Civil Veterinary Department. United Provinces 1932-42 - 1932-1942
Year: 1932
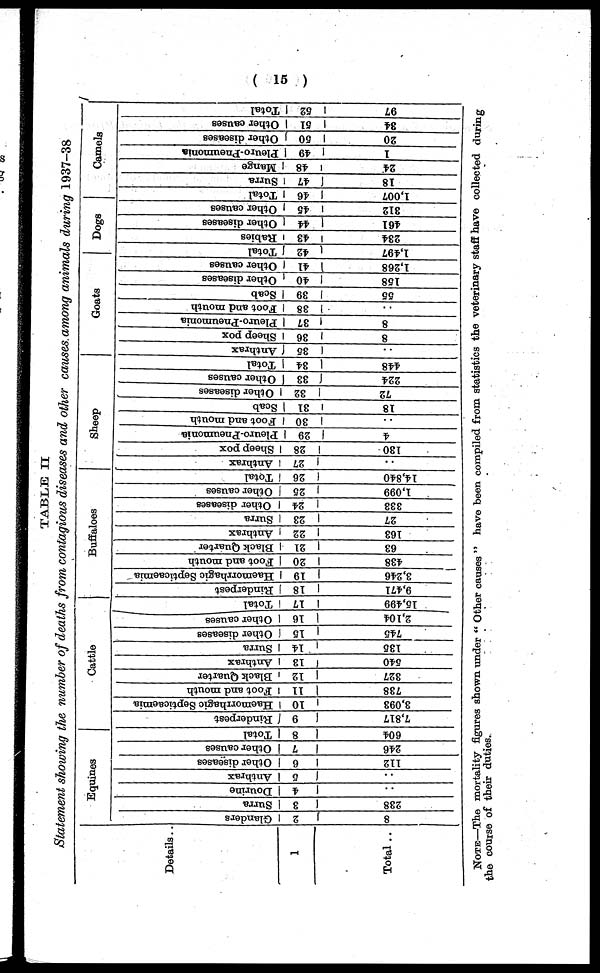
(15)
TABLE II
Statement showing the number of deaths from contagious diseases and other causes among animals during 1937-38
Details.
1
Total ..
Equines
Glanders
2
8
Surra
3 1
238
Dourine
4
...
Anthrax
6
..
Other diseases
6
112
Other causes
7
246
Total
8
604
Cattle
Rinderpest
9
7,817
Haemorrhagic Septicaemia
10
3,093
Foot and mouth
11
738
1
Black Quarter
12
327
Anthrax
13
540
Surra
14
135
Other diseases
15
745
Other causes
16
2,104
Total
17
15,499
Buffaloes
Rinderpest
18
9,471
Haemorrhagic Septicaemia
19
3,246
Foot and mouth
20
438
Black Quarter
21
63
Anthrax
22
163
Surra
23
27
Other diseases
24
333
Other causes
25
1,099
Total
26
14,840
Sheep
Anthrax
27
..
Sheep pox
28
130
Pleuro-Pneumonia
29
4
Foot
and mouth
30
..
Scab
31
18
Other diseases
32
72
Other causes
33
224
Total
34
448
Goats
Anthrax
35
..
Sheep pox
36
8
Pleuro-Pneumonia
37
8
Foot and mouth
38
..
Scab
39
55
Other diseases
40
158
Other causes
41
1,268
Dogs
Total
42
1,497
Rabies
43
234
Other diseases
44
461
Other causes
45
312
Camels
Total
46
1,007
Surra
47
18
Mange
48
24
Pleuro-Pneumonia
49
1
Other diseases
50
20
Other causes
51
84
Total
52
97
NOTE—The mortality figures shown under "Other causes" have been compiled from statistics the veterinary staff have collected during
the course of their duties.